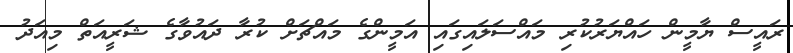
ރައީސް ޔާމީން ހައްޔަރުކުރި މައްސަލައިގައި އަމީންގެ މައްޗަށް ކުރާ ދައުވާގެ ޝަރީއަތް މިއަދު